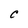
Character: C